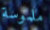
ملموسة